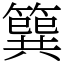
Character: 簨